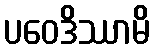
ပဝေဒိဿာမိ